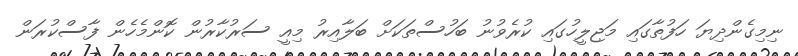
ނިމިގެންދިޔަ ހަފުތާގައި މަޖިލީހުގައި ކުރެވުނު ބަހުސްތަކަށް ބަލާއިރު މިއީ ސަރުކާރުން ކޮންމެހެން ފާސްކުރަން